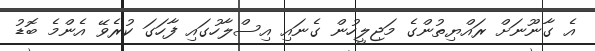
އެ ގާނޫނަށް ރައްޔިތުންގެ މަޖިލީހުން ގެނައި އިސްލާހުގައި ފާހަގަ ކުރެވޭ އެންމެ ބޮޑު